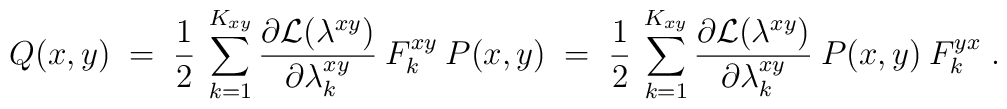
Q(x,y) \;=\; \frac{1}{2} \:\sum_{k=1}^{K_{xy}} \frac{\partial{\cal{L}}(\lambda^{xy})}{\partial \lambda^{xy}_k}\: F^{xy}_k\: P(x,y) \;=\;\frac{1}{2} \:\sum_{k=1}^{K_{xy}} \frac{\partial{\cal{L}}(\lambda^{xy})}{\partial \lambda^{xy}_k}\: P(x,y)\: F^{yx}_k \;.